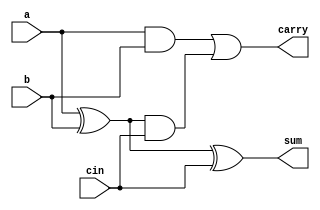
/*Implmentation of Half Adder Using Task and Hence 
Implementation of Full Adder using Half Adder*/
module fulladder_task(a,b,cin,sum,carry);
input a,b,cin;
output sum,carry;
reg sum,carry;
reg s1,s2,s3,s4,s5,s6,s7;
always@(a or b or cin)
begin
s4=a;
s5=b;
s6=cin;
halfadder_task(s4,s5,s1,s2);
halfadder_task(s1,s6,s7,s3);
carry=s2|s3;
sum=s7;
$display("sum=%b carry=%b",sum,carry);
end

task halfadder_task;
input l,m;
output y,z;
begin
y=l^m;
z=l&m;
end
endtask

endmodule